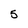
Character: 5